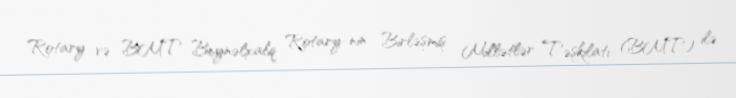
Rotary və BMT Beynəlxalq Rotary-nin Birləşmiş Millətlər Təşkilatı (BMT) ilə